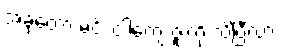
အခုတော့ မင်း ငါ့ကျေးဇူးကို သိပြီလား